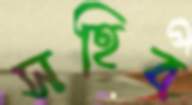
সহিব